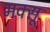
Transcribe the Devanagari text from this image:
मक्सू